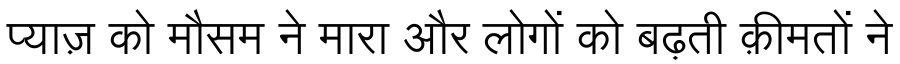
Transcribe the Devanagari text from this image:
प्याज़ को मौसम ने मारा और लोगों को बढ़ती क़ीमतों ने